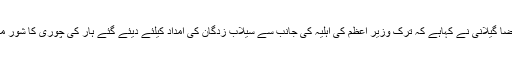
2015ء) سابق وزیر اعظم یوسف رضا گیلانی نے کہاہے کہ ترک وزیر اعظم کی اہلیہ کی جانب سے سیلاب زدگان کی امداد کیلئے دیئے گئے ہار کی چوری کا شور مچا کر مقدمات سے ڈرایا جارہا ہے ۔